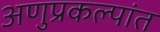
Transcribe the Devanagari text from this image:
अणुप्रकल्पांत